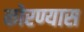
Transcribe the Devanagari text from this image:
कोरण्यास